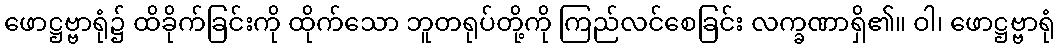
ဖောဋ္ဌဗ္ဗာရုံ၌ ထိခိုက်ခြင်းကို ထိုက်သော ဘူတရုပ်တို့ကို ကြည်လင်စေခြင်း လက္ခဏာရှိ၏။ ဝါ၊ ဖောဋ္ဌဗ္ဗာရုံ